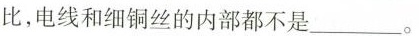
比，电线和细铜丝的内部都不是___。